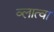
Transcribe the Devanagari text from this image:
व्लात्वा